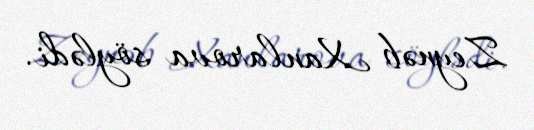
Zeynəb Xanlarova söylədi.